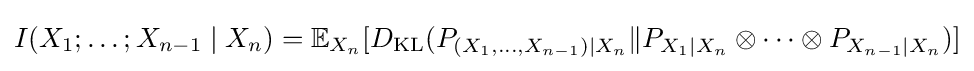
I(X_{1};\ldots ;X_{n-1}\mid X_{n})=\mathbb {E} _{X_{n}}[D_{\mathrm {KL} }(P_{(X_{1},\ldots ,X_{n-1})\mid X_{n}}\|P_{X_{1}\mid X_{n}}\otimes \cdots \otimes P_{X_{n-1}\mid X_{n}})]